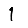
Digit: 1